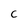
Character: C